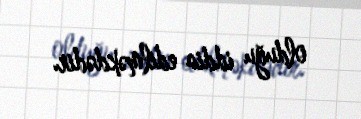
olduğu iddia edilməkdədir.